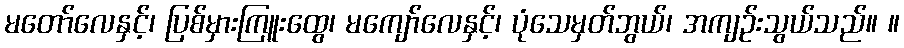
မတော်လေနှင့်၊ ပြစ်မှားကြူးထွေ၊ မကျော်လေနှင့်၊ ပုံသေမှတ်ဘွယ်၊ အကျဉ်းသွယ်သည်။ ။